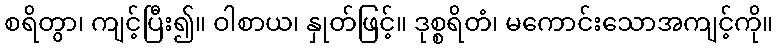
စရိတွာ၊ ကျင့်ပြီး၍။ ဝါစာယ၊ နှုတ်ဖြင့်။ ဒုစ္စရိတံ၊ မကောင်းသောအကျင့်ကို။